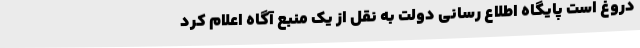
دروغ است پایگاه اطلاع رسانی دولت به نقل از یک منبع آگاه اعلام کرد